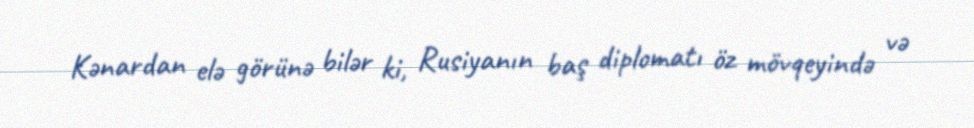
Kənardan elə görünə bilər ki, Rusiyanın baş diplomatı öz mövqeyində və